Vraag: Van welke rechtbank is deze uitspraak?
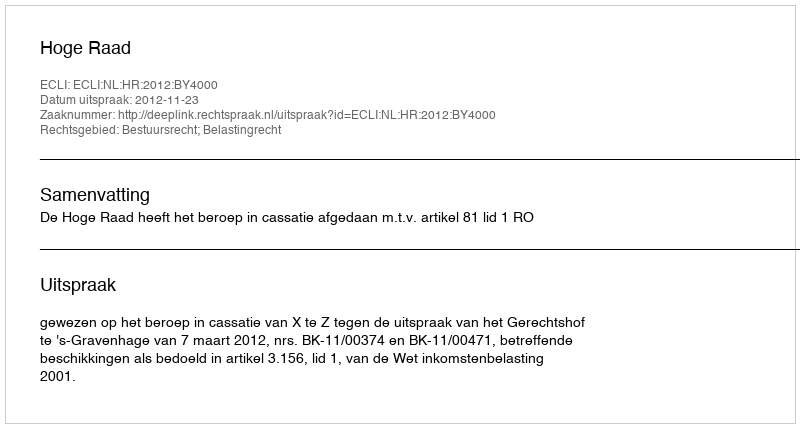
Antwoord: Hoge Raad